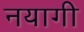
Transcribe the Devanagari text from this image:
नयागी